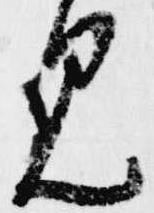
見